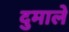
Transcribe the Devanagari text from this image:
दुमाले